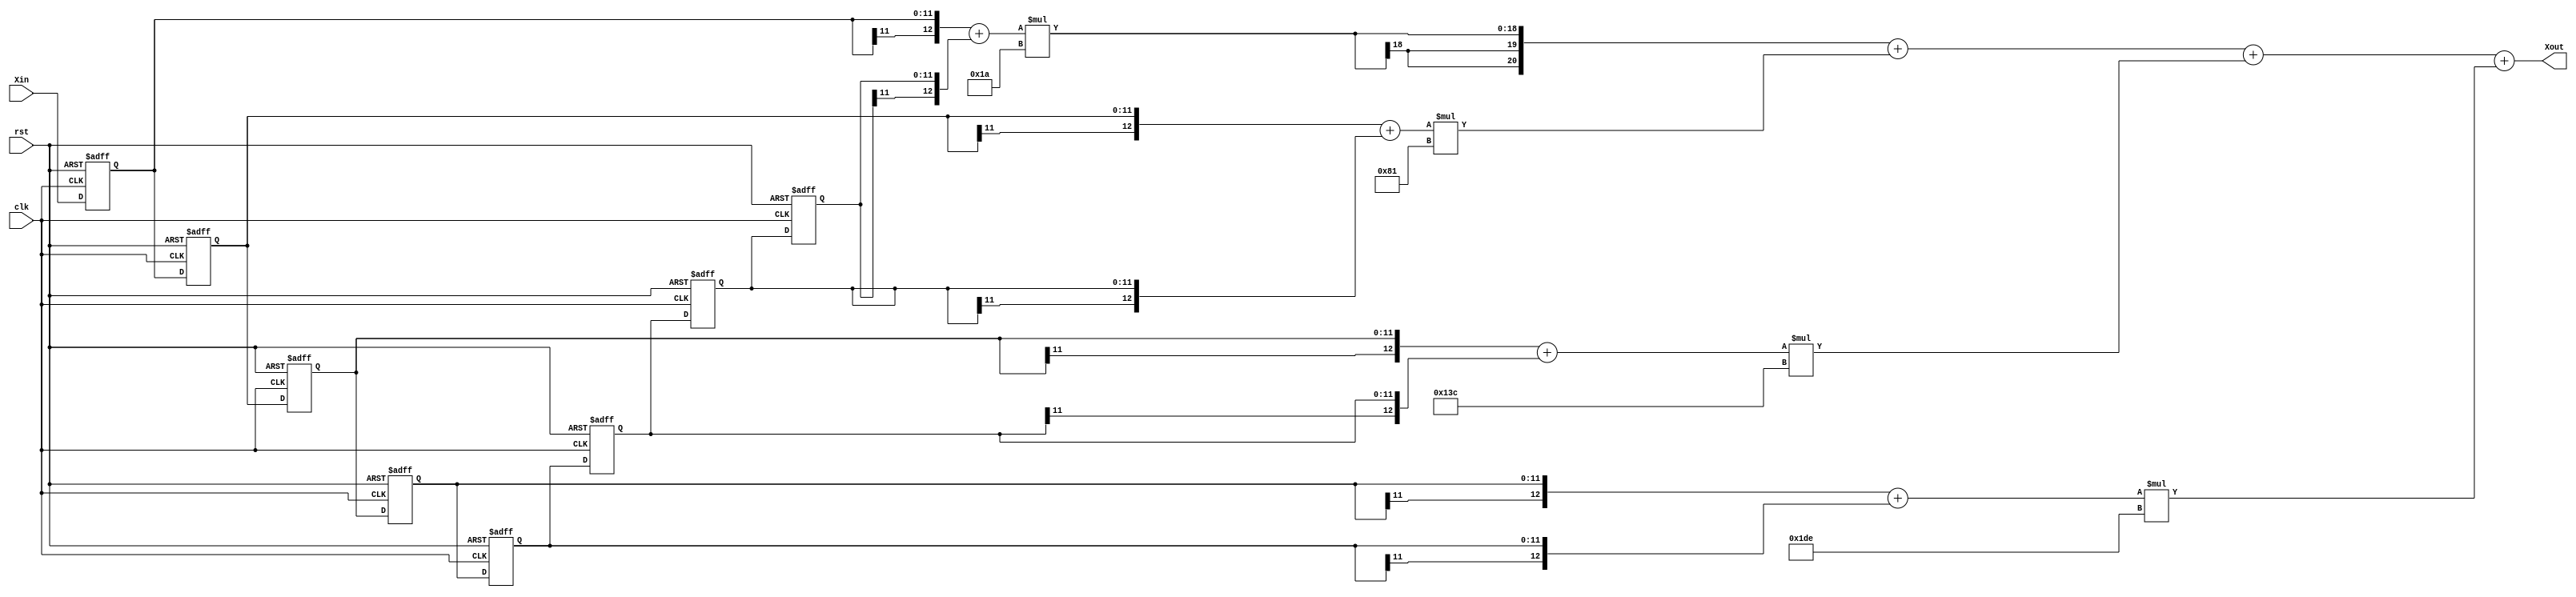
module ZeroParallel (
    input clk,
    input rst,

    input  [11:0] Xin,
    output [20:0] Xout //  = +
);
reg signed [11:0] Xin_d;
reg signed [11:0] Xin_Reg [6:0];


wire signed [11:0] coe[3:0];

// ?512 
// fc = 3.125M
//assign coe[0]= 9'd7 ;
//assign coe[1]= 9'd21;
//assign coe[2]= 9'd42;
//assign coe[3]= 9'd56;

// fc = 1.125M
// assign coe[0]= 9'd1 ;
// assign coe[1]= -9'd2;
// assign coe[2]= 9'd3;
// assign coe[3]= -9'd1;

// fc = 4.125M  26   129   316   478   478   316   129    26
assign coe[0]= 9'd26 ;
assign coe[1]= 9'd129;
assign coe[2]= 9'd316;
assign coe[3]= 9'd478;

// ?
always @(posedge clk or posedge rst) begin:yiwei
    integer i,j;
    if(rst) begin
        Xin_d <= 'd0;
        for(i = 0;i<7;i=i+1 ) begin
            Xin_Reg[i] <= 'd0;
        end
    end
    else begin
        Xin_d <= Xin;               // ??
        for(j = 0;j<6;j=j+1)begin
            Xin_Reg[j+1] <= Xin_Reg[j];
        end
        Xin_Reg[0] <= Xin_d;
    end
end

// 
wire signed [12:0]Add_Reg [3:0];
assign Add_Reg[0]  = {Xin_d[11],Xin_d}+{Xin_Reg[6][11],Xin_Reg[6]};
assign Add_Reg[1]  = {Xin_Reg[0][11],Xin_Reg[0]}+{Xin_Reg[5][11],Xin_Reg[5]};
assign Add_Reg[2]  = {Xin_Reg[1][11],Xin_Reg[1]}+{Xin_Reg[4][11],Xin_Reg[4]};
assign Add_Reg[3]  = {Xin_Reg[2][11],Xin_Reg[2]}+{Xin_Reg[3][11],Xin_Reg[3]};

// ?
wire signed [20:0] Mult_Reg[3:0];
assign Mult_Reg[0] = Add_Reg[0] * coe[0]; 
assign Mult_Reg[1] = Add_Reg[1] * coe[1];
assign Mult_Reg[2] = Add_Reg[2] * coe[2];
assign Mult_Reg[3] = Add_Reg[3] * coe[3];


assign Xout = Mult_Reg[0]+Mult_Reg[1]+Mult_Reg[2]+Mult_Reg[3];


endmodule